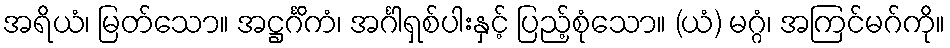
အရိယံ၊ မြတ်သော။ အဋ္ဌင်္ဂိကံ၊ အင်္ဂါရှစ်ပါးနှင့် ပြည့်စုံသော။ (ယံ) မဂ္ဂံ၊ အကြင်မဂ်ကို။